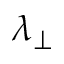
\lambda _ { \perp }